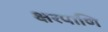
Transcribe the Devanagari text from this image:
क्षरपाणि